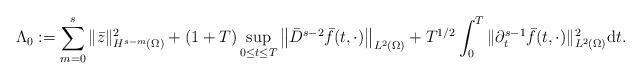
LaTeX: \begin{align*}\Lambda_{0} :=\sum_{m = 0}^{s} \|\bar{z}\|_{H^{s - m}(\Omega)}^{2} +(1 + T) \sup_{0 \leq t \leq T} \big\|\bar{D}^{s - 2} \bar{f}(t, \cdot)\big\|_{L^{2}(\Omega)}+ T^{1/2} \int_{0}^{T} \|\partial_{t}^{s - 1} \bar{f}(t, \cdot)\|_{L^{2}(\Omega)}^{2} \mathrm{d}t.\end{align*}